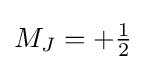
{\textstyle M_{J}=+{\frac {1}{2}}}